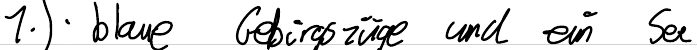
1.) - blaue Gebirgszüge und ein See